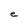
Character: e